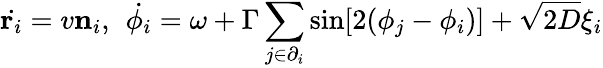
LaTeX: \dot{\mathbf{r}_{i}}=v\mathbf{n}_{i},\, \ \dot{\phi_{i}}=\omega+\Gamma\sum_{j\in\partial_{i}}\sin[2(\phi_{j}-\phi_{i})]+\sqrt{2D}\xi_{i}